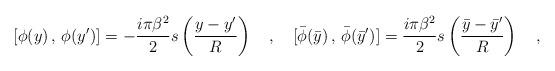
LaTeX: \begin{align*}[\phi (y) \, , \, \phi(y^\prime)]=-{\frac {i\pi \beta ^2}{2}}s\left (\frac {y-y^\prime }{R}\right)\quad , \quad [\bar \phi (\bar y) \, , \, \bar \phi (\bar y^\prime )]={\frac{i\pi \beta ^2}{2}}s \left (\frac {\bar y-\bar y^\prime}{R}\right) \quad ,\end{align*}